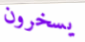
يسخرون